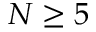
N \geq 5